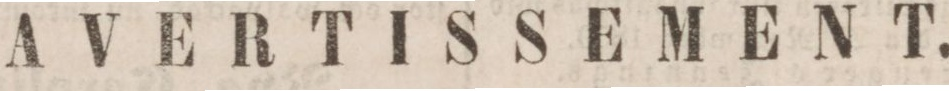
AVERTISSEMENT.